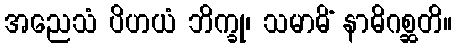
အညေသံ ပိဟယံ ဘိက္ခု၊ သမာဓိံ နာဓိဂစ္ဆတိ။